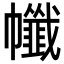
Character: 㡨